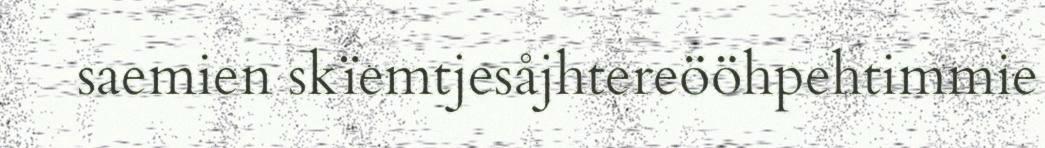
saemien skïemtjesåjhtereööhpehtimmie